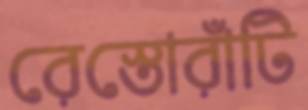
রেস্তোরাঁটি